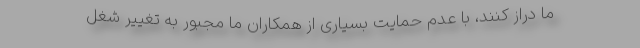
ما دراز کنند، با عدم حمایت بسیاری از همکاران ما مجبور به تغییر شغل